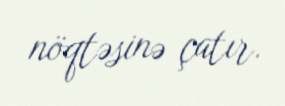
nöqtəsinə çatır.